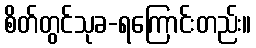
စိတ်တွင်သုခ-ရကြောင်းတည်း။